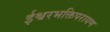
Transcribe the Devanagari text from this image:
ईश्वरभक्तिपरायण